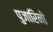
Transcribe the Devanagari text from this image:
पुजारिनो